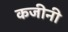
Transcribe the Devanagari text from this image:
कजीनी